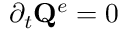
\partial _ { t } \mathbf { Q } ^ { e } = 0